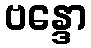
ဗန္ဒော